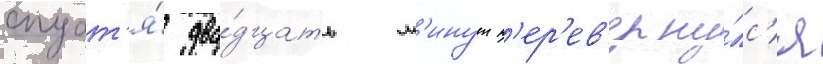
спуст'я́ два́дцать м'инут п'ер'ев'ерну́лс'я